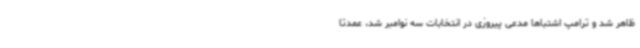
ظاهر شد و ترامپ اشتباها مدعی پیروزی در انتخابات سه نوامبر شد، عمدتا